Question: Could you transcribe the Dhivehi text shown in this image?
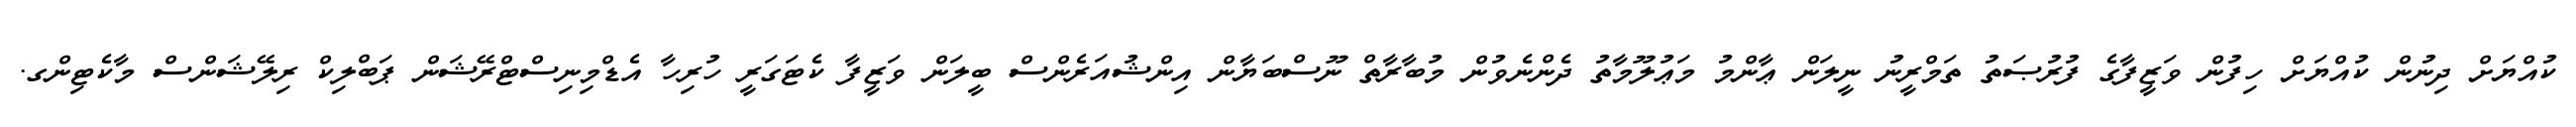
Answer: ކުއްޔަށް ދިނުން ކުއްޔަށް ހިފުން ވަޒީފާގެ ފުރުޞަތު ތަމްރީނު ނީލަން ޢާންމު މަޢުލޫމާތު ދެންނެވުން މުބާރާތް ނޫސްބަޔާން އިންޝުއަރެންސް ބީލަން ވަޒީފާ ކެޓަގަރީ ހުރިހާ އެޑްމިނިސްޓްރޭޝަން ޕަބްލިކް ރިލޭޝަންސް މާކެޓިންގ.